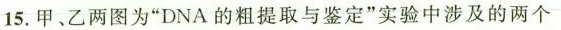
15.甲、乙两图为”DNA的粗提取与鉴定”实验中涉及的两个